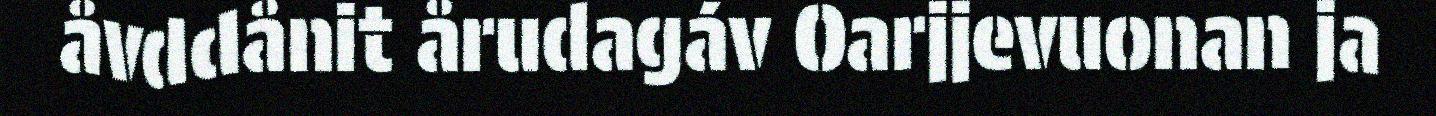
åvddånit årudagáv Oarjjevuonan ja